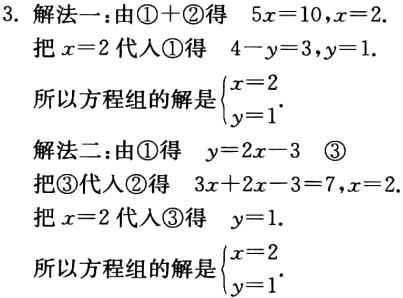
3. 解法一：由\textcircled{1}$+$\textcircled{2}得 \(5x = 10,x = 2\).

把\(x = 2\)代入\textcircled{1}得 \(4 - y = 3,y = 1\).

所以方程组的解是\(\begin{cases}x = 2\\y = 1\end{cases}\).

解法二：由\textcircled{1}得 \(y = 2x - 3\) \textcircled{3}

把\textcircled{3}代入\textcircled{2}得 \(3x + 2x - 3 = 7,x = 2\).

把\(x = 2\)代入\textcircled{3}得 \(y = 1\).

所以方程组的解是\(\begin{cases}x = 2\\y = 1\end{cases}\).